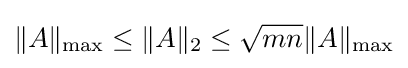
\|A\|_{\max }\leq \|A\|_{2}\leq {\sqrt {mn}}\|A\|_{\max }